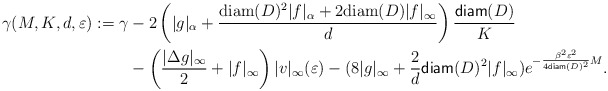
\begin{align*} \gamma(M,K,d,\varepsilon):= \gamma&-2\left(|g|_\alpha+\frac{{\rm diam}(D)^2|f|_\alpha+2{\rm diam}(D)|f|_\infty}{d}\right)\frac{{\sf diam}(D)}{K}\\&-\left(\frac{|\Delta g|_{\infty}}{2} + |f|_\infty \right)|v|_{\infty}(\varepsilon) - (8|g|_\infty+ \frac{2}{d}{\sf diam}(D)^2|f|_\infty)e^{-\frac{\beta^2\varepsilon^2}{4{\sf diam}(D)^2}M}.\end{align*}